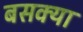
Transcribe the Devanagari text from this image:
बसक्या